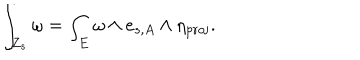
LaTeX: \int _ { Z _ { s } } \omega = \int _ { E } \omega \wedge e _ { s , A } \wedge \eta _ { \mathrm { p r o j } } .